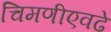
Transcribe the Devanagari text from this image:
चिमणीएवढे